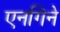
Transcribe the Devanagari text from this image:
एनगिने